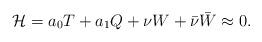
LaTeX: \begin{align*}{\cal H}=a _{0}T + a _{1}Q + \nu W + \bar\nu{\bar W}\approx 0.\end{align*}